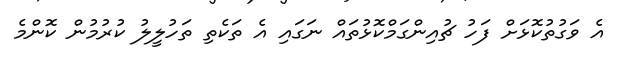
އެ ވަގުތުކޮޅަށް ފަހު ޗުއިންގަމްކޮޅުތައް ނަގައި އެ ތަކެތި ތަހުލީލު ކުރުމުން ކޮންމެ